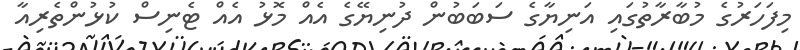
މިފަހަރުގެ މުބާރާތުގައި އަނިޔާގެ ސަބަބުން ދުނިޔޭގެ އެއް މޮޅު އެއް ޓެނިސް ކުޅުންތެރިއާ